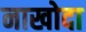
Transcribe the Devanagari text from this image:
नाखोदा